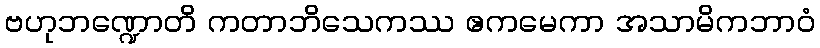
ဗဟုဘဏ္ဍောတိ ကတာဘိသေကဿ ဧကမေကာ အသာမိကဘာဝံ